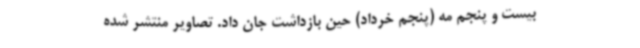
بیست و پنجم مه (پنجم خرداد) حین بازداشت جان داد. تصاویر منتشر شده